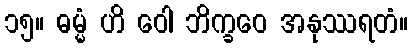
၁၅။ ဓမ္မံ ဟိ ဝေါ ဘိက္ခဝေ အနုဿရတံ။